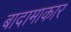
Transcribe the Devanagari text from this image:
बादामाकार